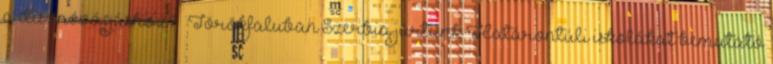
a disznóvágáshoz? – Törökfaluban Szerbia jártunk Határontúli iskolákat bemutató